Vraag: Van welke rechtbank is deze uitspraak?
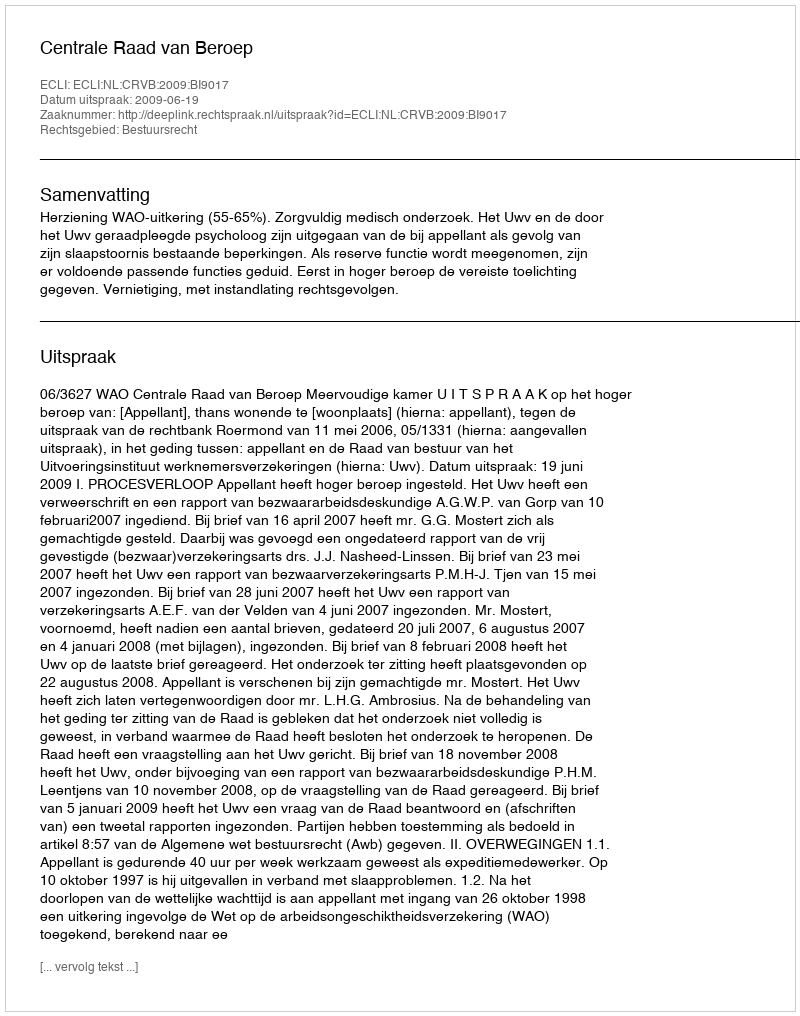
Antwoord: Centrale Raad van Beroep